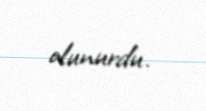
olunurdu.